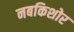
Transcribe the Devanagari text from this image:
नबकिशोर